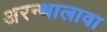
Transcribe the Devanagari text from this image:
अरन्थालावा